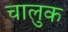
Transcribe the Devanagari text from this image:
चालुक